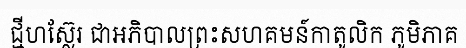
ជ្មីហស្ល៊ែរ ជាអភិបាលព្រះសហគមន៍កាតូលិក ភូមិភាគ